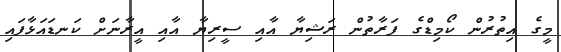
މީގެ އިތުރުން ކޯމިޑްގެ ފަރާތުން ރަޝިޔާ އާއި ސީރިޔާ އާއި އީރާނަށް ކަނޑައަޅާފައި